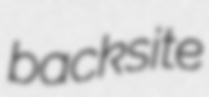
backsite